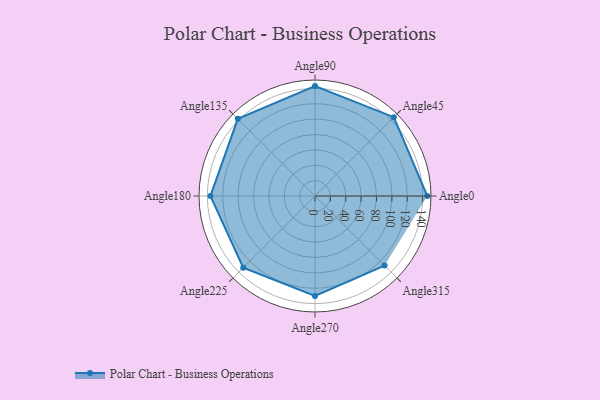
{"axis": {"x": "Angle", "y": "Radius"}, "legend": [""], "data": [{"x": "Angle0", "y": 146.0, "type": ""}, {"x": "Angle45", "y": 145.0, "type": ""}, {"x": "Angle90", "y": 143.0, "type": ""}, {"x": "Angle135", "y": 142.0, "type": ""}, {"x": "Angle180", "y": 136.0, "type": ""}, {"x": "Angle225", "y": 132.0, "type": ""}, {"x": "Angle270", "y": 130.0, "type": ""}, {"x": "Angle315", "y": 128.0, "type": ""}]}